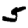
Digit: 5